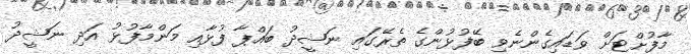
މާފުށްޓަށް ވަޑައިގެންނެވި ބޭފުޅުންގެ ތެރޭގައި ނަޝީދު ބައްޕާ ފުޅާއި މަންމާފުޅު އަދި ނަޝީދު